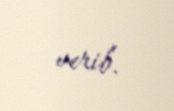
verib.